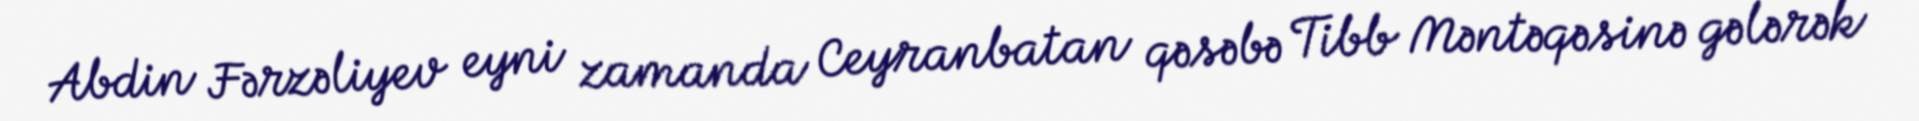
Abdin Fərzəliyev eyni zamanda Ceyranbatan qəsəbə Tibb Məntəqəsinə gələrək